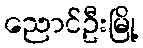
ညောင်ဦးမြို့